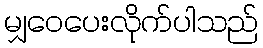
မျှဝေပေးလိုက်ပါသည်